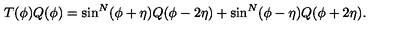
T ( \phi ) Q ( \phi ) = \sin ^ { N } ( \phi + \eta ) Q ( \phi - 2 \eta ) + \sin ^ { N } ( \phi - \eta ) Q ( \phi + 2 \eta ) .